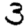
Digit: 3